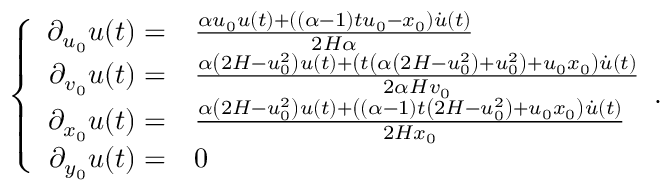
\left\{ \begin{array} { r l } { \partial _ { u _ { 0 } } u ( t ) = } & { \frac { \alpha u _ { 0 } u ( t ) + ( ( \alpha - 1 ) t u _ { 0 } - x _ { 0 } ) \dot { u } ( t ) } { 2 H \alpha } } \\ { \partial _ { v _ { 0 } } u ( t ) = } & { \frac { \alpha \left( 2 H - u _ { 0 } ^ { 2 } \right) u ( t ) + \left( t \left( \alpha \left( 2 H - u _ { 0 } ^ { 2 } \right) + u _ { 0 } ^ { 2 } \right) + u _ { 0 } x _ { 0 } \right) \dot { u } ( t ) } { 2 \alpha H v _ { 0 } } } \\ { \partial _ { x _ { 0 } } u ( t ) = } & { \frac { \alpha \left( 2 H - u _ { 0 } ^ { 2 } \right) u ( t ) + \left( ( \alpha - 1 ) t \left( 2 H - u _ { 0 } ^ { 2 } \right) + u _ { 0 } x _ { 0 } \right) \dot { u } ( t ) } { 2 H x _ { 0 } } } \\ { \partial _ { y _ { 0 } } u ( t ) = } & { 0 } \end{array} . \right.